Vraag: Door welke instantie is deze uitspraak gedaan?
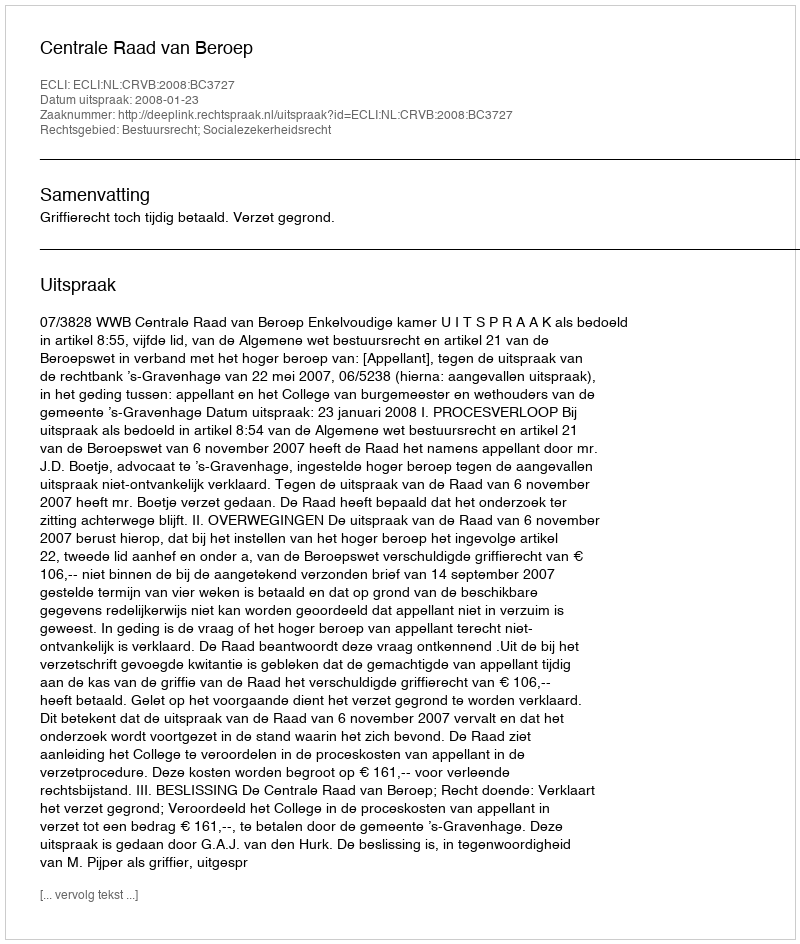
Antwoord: Centrale Raad van Beroep